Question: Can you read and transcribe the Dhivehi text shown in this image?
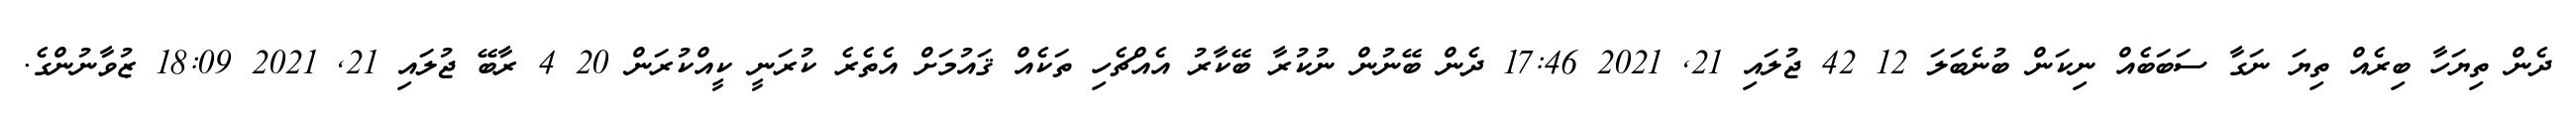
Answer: ދެން ތިޔަހާ ބިރެއް ތިޔަ ނަގާ ސަބަބެއް ނިކަން ބުނެބަލަ 12 42 ޖުލައި 21, 2021 17:46 ދެން ބޭނުން ނުކުރާ ބޭކާރު އެއްޗެހި ތަކެއް ޤައުމަށް އެތެރެ ކުރަނީ ކީއްކުރަން 20 4 ރާބޭ ޖުލައި 21, 2021 18:09 ޒުވާނުންގެ.